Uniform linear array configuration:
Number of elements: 4
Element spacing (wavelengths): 0.25
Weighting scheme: blackman
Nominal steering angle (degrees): -15
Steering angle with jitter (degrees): -13.137
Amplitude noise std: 0.05
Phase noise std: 0.05

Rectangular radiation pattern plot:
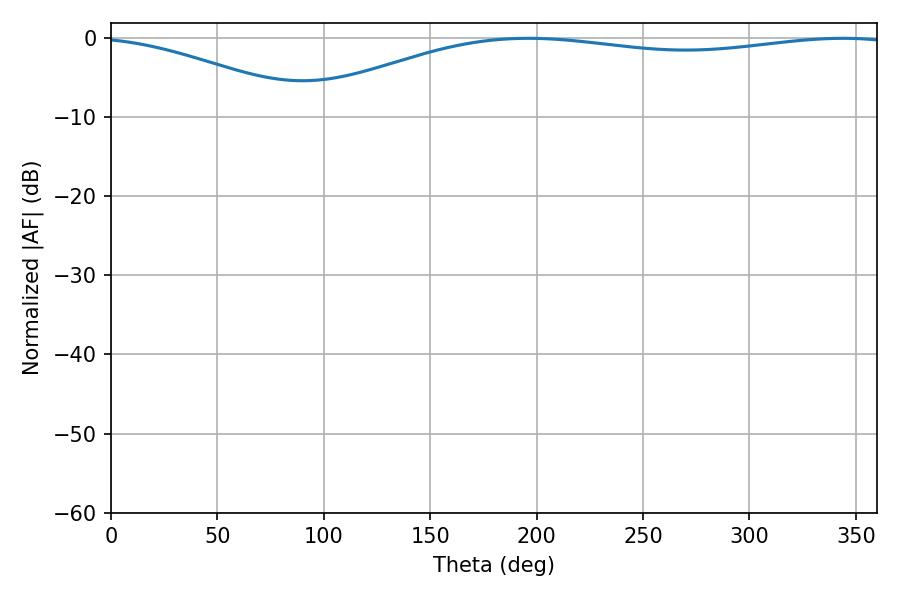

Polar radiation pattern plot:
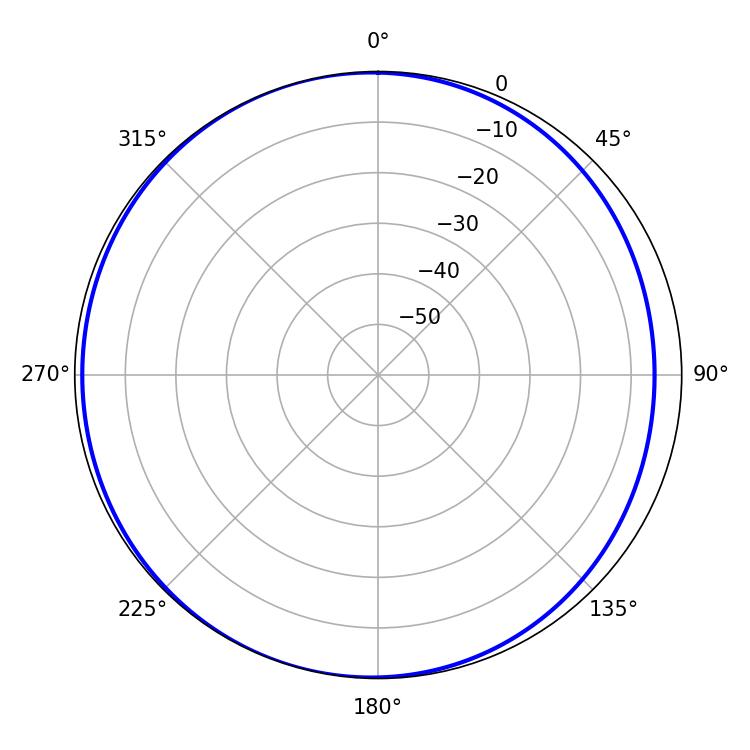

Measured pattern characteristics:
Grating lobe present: FALSE
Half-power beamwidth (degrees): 226.44
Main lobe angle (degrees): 196.02